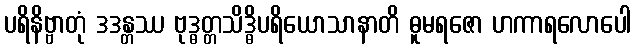
ပရိနိဗ္ဗာတုံ ဒဒန္တဿ ဗုဒ္ဓတ္တသိဒ္ဓိပရိယောသာနာတိ ဓူမရဇော ဟကာရလောပေါ